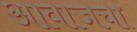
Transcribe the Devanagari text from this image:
आवाजचा